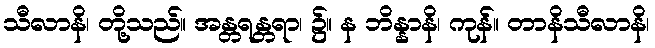
သီလာနိ၊ တို့သည်။ အန္တရန္တရာ၊ ၌။ န ဘိန္နာနိ၊ ကုန်။ တာနိသီလာနိ၊